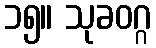
၁၅။ သုခဝဂ္ဂ